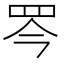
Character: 𦊃